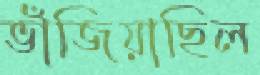
ভাঁজিয়াছিল